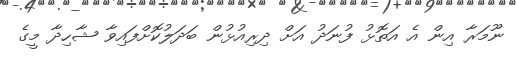
ނޫމަރާ އިން އެ އަތޮޅު ފުނަދު އަށް ދިރިއުޅުން ބަދަލުކޮށްފައިވާ ޝާހިދާ މީގެ